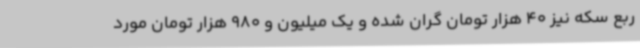
ربع سکه نیز 40 هزار تومان گران شده و یک میلیون و 980 هزار تومان مورد